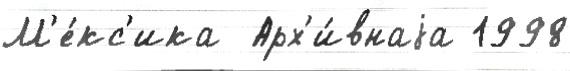
М'е́кс'ика  Арх'и́внаjа 1998